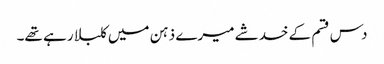
دس قسم کے خدشے میرے ذہن میں کلبلا رہے تھے۔